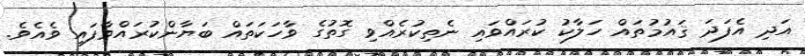
އަދި އެފަދަ ޤައުމުތައް ހަލާކު ކުރައްވައި ނެތިކުރެއްވި ގޮތުގެ ވާހަކަތައް ބަޔާންކުރައްވާފައި ވެއެވެ.